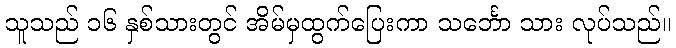
သူသည် ၁၆ နှစ်သားတွင် အိမ်မှထွက်ပြေးကာ သင်္ဘော သား လုပ်သည်။